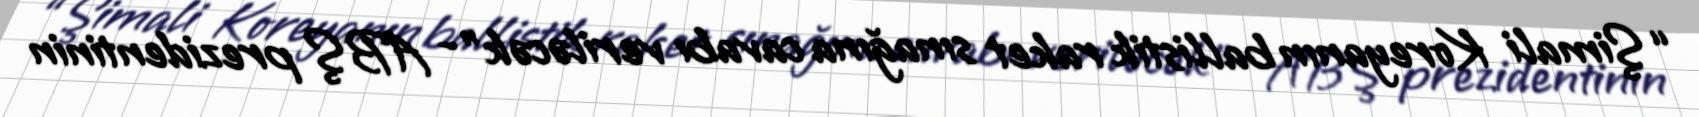
“Şimali Koreyanın ballistik raket sınağına cavabı veriləcək”- ABŞ prezidentinin